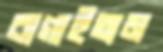
বাগাইতাম